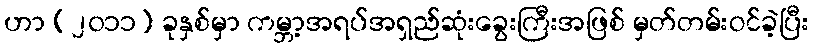
ဟာ (၂၀၁၁) ခုနှစ်မှာ ကမ္ဘာ့အရပ်အရှည်ဆုံးခွေးကြီးအဖြစ် မှတ်တမ်းဝင်ခဲ့ပြီး